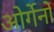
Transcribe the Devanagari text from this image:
ओर्गेनो